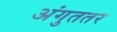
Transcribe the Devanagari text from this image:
अंगुततर